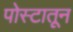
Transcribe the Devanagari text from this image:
पोस्टातून